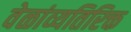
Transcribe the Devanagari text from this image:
वेळांव्यतिरिक्त